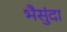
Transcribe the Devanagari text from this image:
भैसुंदा